Civil Veterinary Dept. Bombay admin report 1923-31 - 1923-1931
Year: 1923
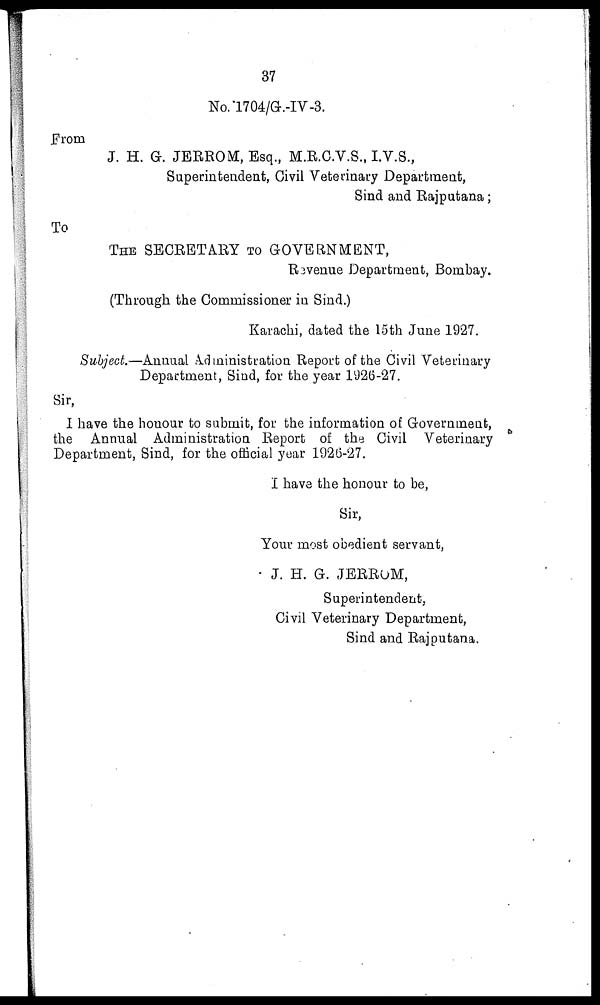
37
No. 1704/G.-IV-3.
From
J. H. G. JERROM, Esq., M.R.C.V.S., I.V.S.,
Superintendent, Civil Veterinary Department,
Sind and Rajputana;
To
THE SECRETARY TO GOVERNMENT,
Revenue Department, Bombay.
(Through the Commissioner in Sind.)
Karachi, dated the 15th June 1927.
Subject.—Annual Administration Report of the Civil Veterinary
Department, Sind, for the year 1926-27.
Sir,
I have the honour to submit, for the information of Government,
the Annual Administration Report of the Civil Veterinary
Department, Sind, for the official year 1926-27.
I have the honour to be,
Sir,
Your most obedient servant,
J. H. G. JERROM,
Superintendent,
Civil Veterinary Department,
Sind and Rajputana.